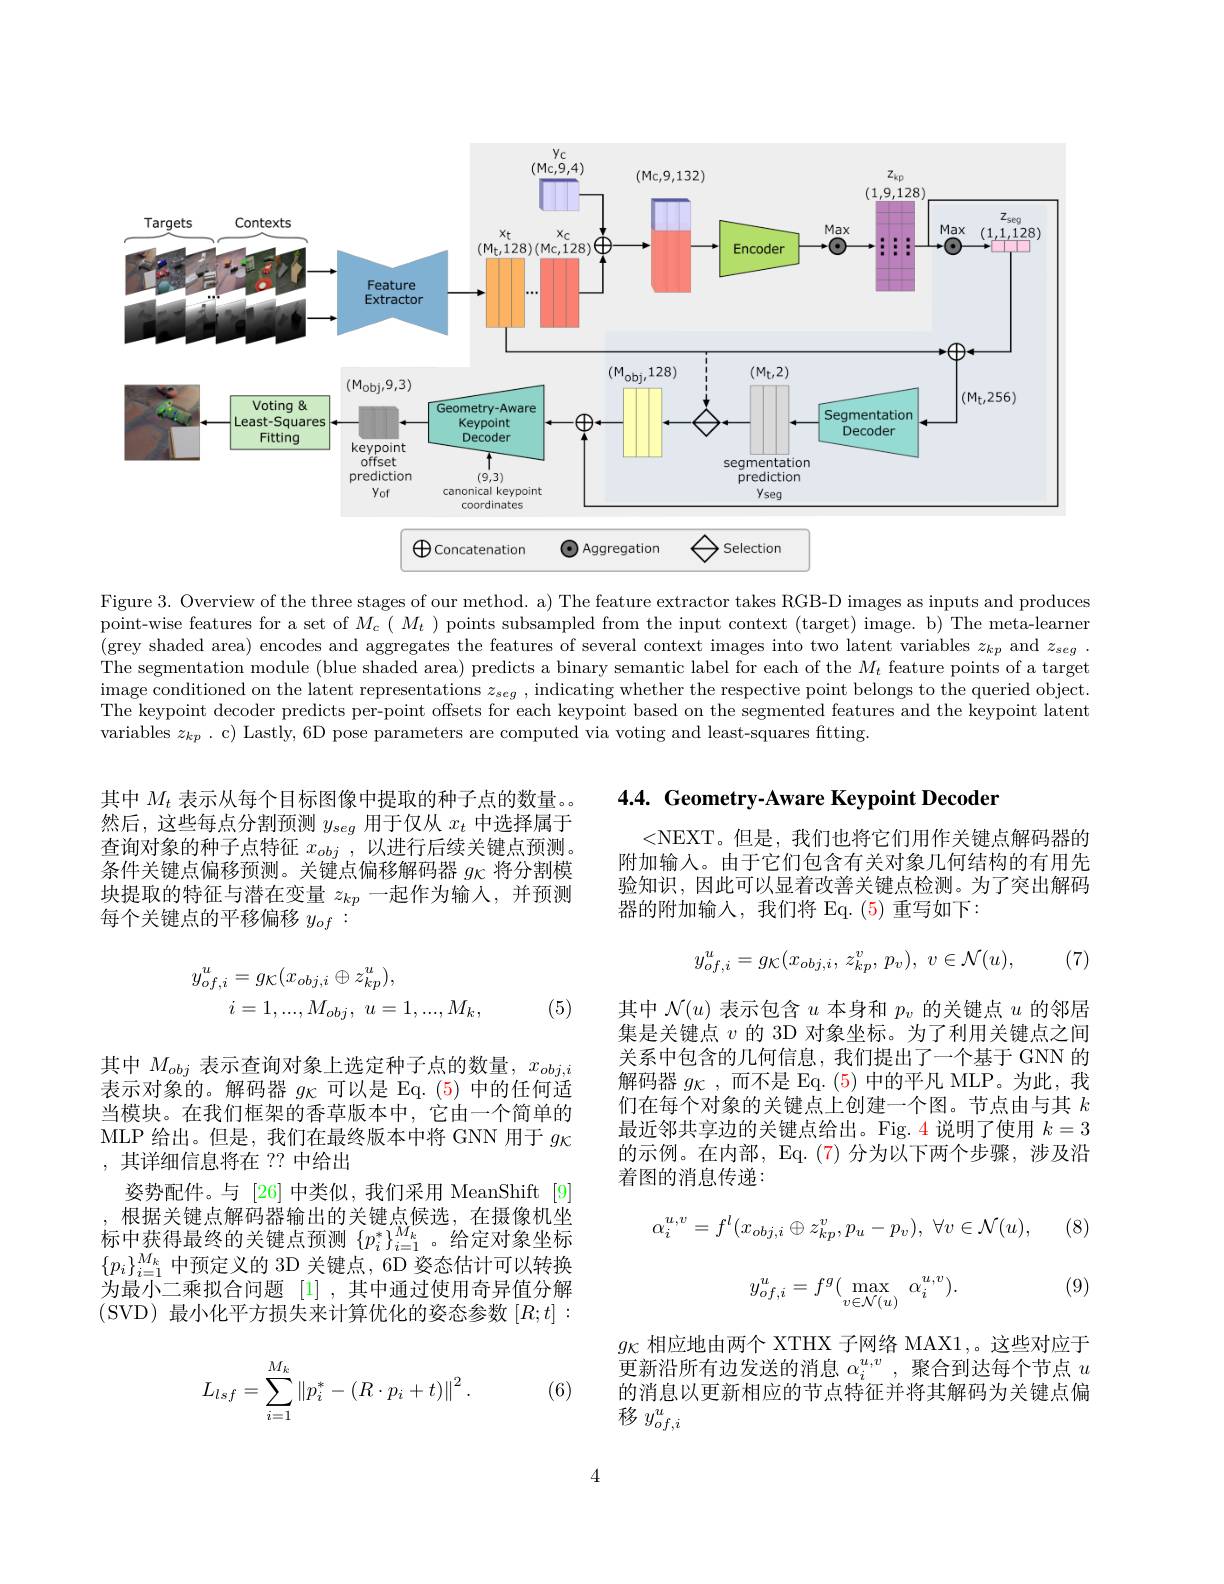
<FigureHere>

Figure 3. Overview of the three stages of our method. a) The feature extractor takes RGB-D images as inputs and produces point-wise features for a set of $M_c(M_t)$ points subsampled from the input context (target) image. b) The meta-learner (grey shaded area) encodes and aggregates the features of several context images into two latent variables $z_kp$ and $z_seg.$ The segmentation module (blue shaded area) predicts a binary semantic label for each of the $M_t$ feature points of a target image conditioned on the latent representations $z_{seg}$ , indicating whether the respective point belongs to the queried object. image conditioned on the latent representations $z_{seg}$ , indicating whether the respective point belongs to the The keypoint decoder predicts per-point offsets for each keypoint based on the segmented features and the keypoint latent variables $z_kp$ .c) Lastly, 6D pose parameters are computed via voting and least-squares fitting.

## 4.4. Geometry-Aware Keypoint Decoder

其中$M_t$表示从每个目标图像中提取的种子点的数量。然后，这些每点分割预测$y_{seg}$用于仅从$x_t$中选择属于查询对象的种子点特征$x_{obj}$ ,以进行后续关键点预测。条件关键点偏移预测。关键点偏移解码器$g\kappa$将分割模块提取的特征与潜在变量$z_kp$一起作为输入，并预测每个关键点的平移偏移$y_{of}:$

<NEXT。但是，我们也将它们用作关键点解码器的附加输入。由于它们包含有关对象几何结构的有用先验知识，因此可以显着改善关键点检测。为了突出解码器的附加输入，我们将 Eq.(5)重写如下：
$$y_{of,i}^u=g_{\mathcal{K}}(x_{obj,i},\:z_{kp}^v,\:p_v),\:v\in\mathcal{N}(u),$$
(7)
$$\begin{aligned}y_{of,i}^{u}&=g_{\mathcal{K}}(x_{obj,i}\oplus z_{kp}^{u}),\\i&=1,...,M_{obj},\:u=1,...,M_{k},\end{aligned}$$
(5)

其中$\mathcal{N}(u)$表示包含$u$本身和$p_v$的关键点$u$的邻居集是关键点$v$的 3D 对象坐标。为了利用关键点之间关系中包含的几何信息，我们提出了一个基于 GNN 的解码器$g_{\mathcal{K}}$ ,而不是 Eq. (5) 中的平凡 MLP。为此，我们在每个对象的关键点上创建一个图。节点由与其$k$ 最近邻共享边的关键点给出。Fig. 4 说明了使用$k=3$ 的示例。在内部，Eq.(7)分为以下两个步骤，涉及沿着图的消息传递：

其中$M_{obj}$表示查询对象上选定种子点的数量，$x_obj,i$ 表示对象的。解码器$g_\mathrm{\kappa}$可以是 Eq.(5)中的任何适当模块。在我们框架的香草版本中，它由一个简单的MLP 给出。但是，我们在最终版本中将 GNN 用于$g_{\mathcal{K}}$ ,其详细信息将在 ?? 中给出
姿势配件。与[26]中类似，我们采用 MeanShift [9] 根据关键点解码器输出的关键点候选，在摄像机坐
标中获得最终的关键点预测$\{p_i^*\}_{i=1}^{M_k}$。给定对象坐标$\{p_i\}_{i=1}^{M_k}$中预定义的 3D 关键点，6D 姿态估计可以转换为最小二乘拟合问题[1],其中通过使用奇异值分解(SVD) 最小化平方损失来计算优化的姿态参数$[R;t]:$

(8)
$$\alpha_{i}^{u,v}=f^{l}(x_{obj,i}\oplus z_{kp}^{v},p_{u}-p_{v}),\:\forall v\in\mathcal{N}(u),$$
$$y_{of,i}^u=f^g(\max_{v\in\mathcal{N}(u)}\:\alpha_i^{u,v}).$$
(9)

$g_\mathrm{\kappa}$相应地由两个 XTHX 子网络 MAX1,。这些对应于更新沿所有边发送的消息$\alpha_i^u,v$ ,聚合到达每个节点$u$ 的消息以更新相应的节点特征并将其解码为关键点偏移$y_{of,i}^u$
$$L_{lsf}=\sum\limits_{i=1}^{M_k}\left\|p_i^*-(R\cdot p_i+t)\right\|^2.$$
(6)

4